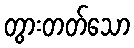
တွားတတ်သော